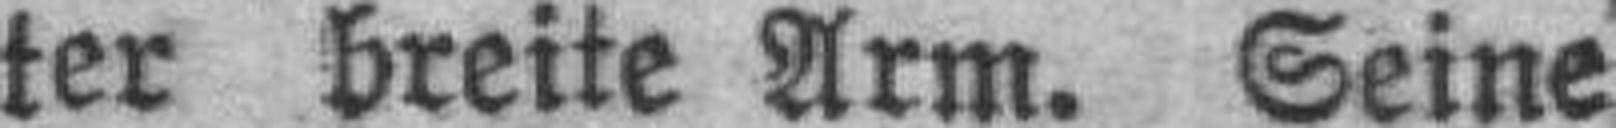
ter breite Arm. Seine